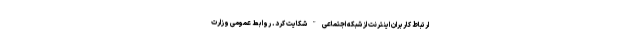
ارتباط کاربران اینترنت از شبکه اجتماعی " شکایت کرد. روابط عمومی وزارت